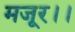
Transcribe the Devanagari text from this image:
मजूर।।